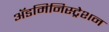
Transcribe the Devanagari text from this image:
अॅडमिनिस्ट्रेशन